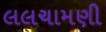
લલચામણી